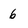
Character: 6